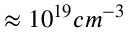
\approx 1 0 ^ { 1 9 } c m ^ { - 3 }